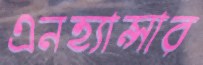
এনহ্যান্সার